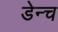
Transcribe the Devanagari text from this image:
डेन्च